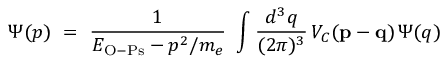
\Psi ( p ) ~ = ~ { \frac { 1 } { E _ { \mathrm { O - P s } } - p ^ { 2 } / m _ { e } } } ~ \int { \frac { d ^ { 3 } q } { ( 2 \pi ) ^ { 3 } } } \, V _ { C } ( { \bf p } - { \bf q } ) \, \Psi ( q )